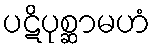
ပဋိပုစ္ဆာမဟံ